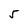
Character: 5